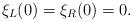
LaTeX: \begin{align*}\xi_L(0) = \xi_R(0) = 0.\end{align*}